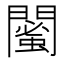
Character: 𨶣